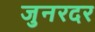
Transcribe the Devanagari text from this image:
जुनरदर